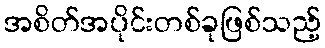
အစိတ်အပိုင်းတစ်ခုဖြစ်သည့်